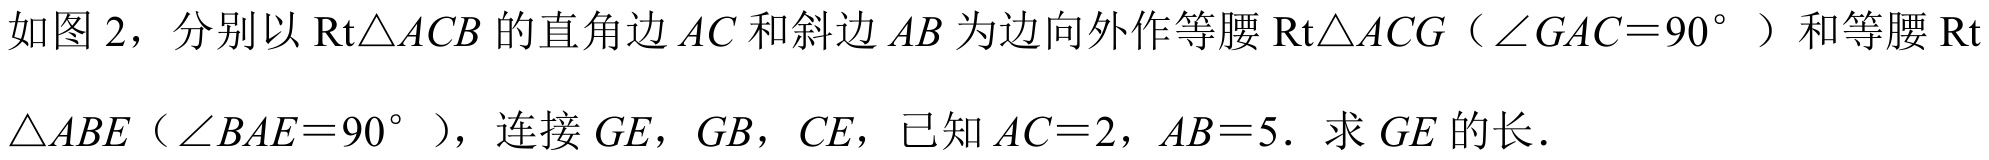
如图 2，分别以$\mathrm{Rt}\triangle ACB$的直角边$AC$和斜边$AB$为边向外作等腰$\mathrm{Rt}\triangle ACG$（$\angle GAC = 90^{\circ}$）和等腰$\mathrm{Rt}\triangle ABE$（$\angle BAE = 90^{\circ}$），连接$GE$，$GB$，$CE$，已知$AC = 2$，$AB = 5$．求$GE$的长．